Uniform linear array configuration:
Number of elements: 32
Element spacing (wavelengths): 0.75
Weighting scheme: hamming
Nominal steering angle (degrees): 60
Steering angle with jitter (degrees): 61.846
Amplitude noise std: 0.05
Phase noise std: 0.05

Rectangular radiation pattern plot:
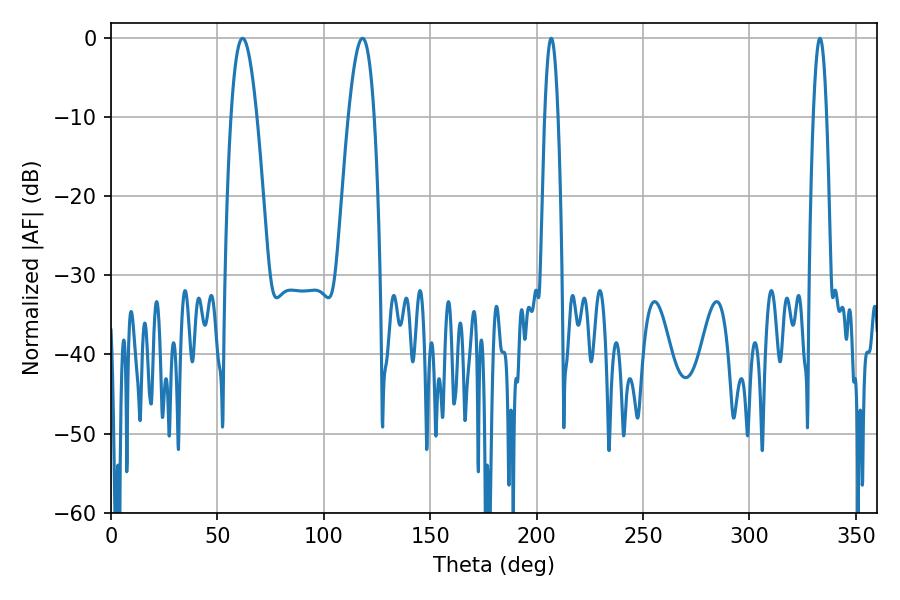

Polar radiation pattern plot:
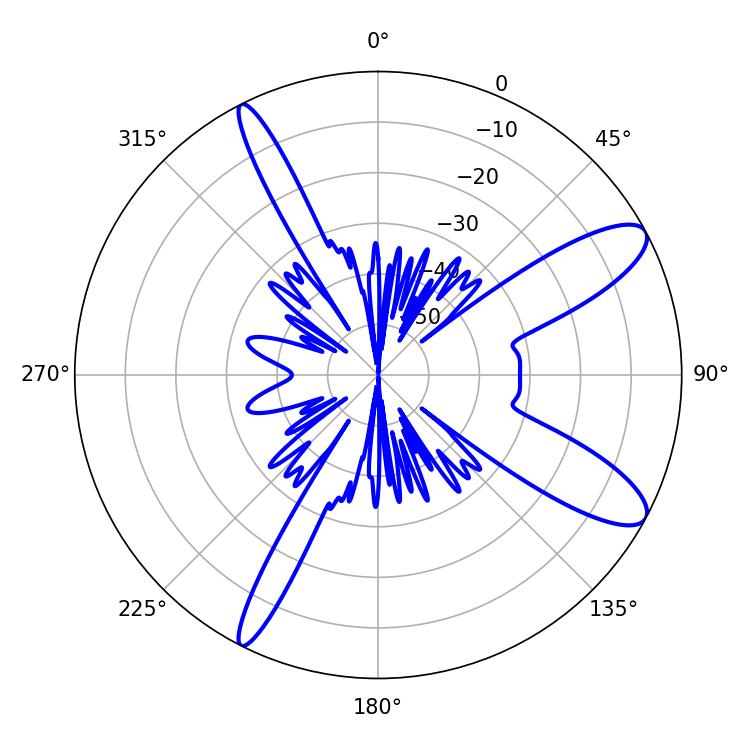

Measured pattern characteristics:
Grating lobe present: TRUE
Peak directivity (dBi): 10.885
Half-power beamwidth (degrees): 3.42
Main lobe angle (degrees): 206.82